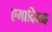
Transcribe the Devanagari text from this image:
एमादियाह